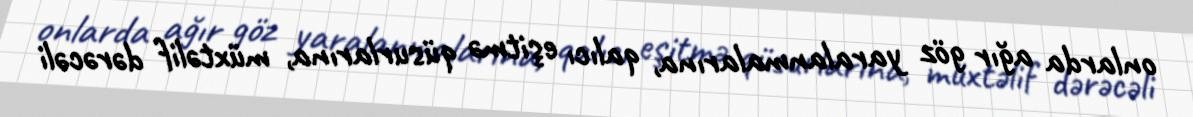
onlarda ağır göz yaralanmalarına, qalıcı eşitmə qüsurlarına, müxtəlif dərəcəli